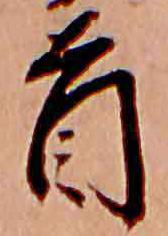
首